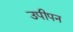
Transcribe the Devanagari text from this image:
उपीपन